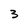
Character: 3